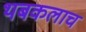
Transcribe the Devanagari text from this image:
थबकलाच